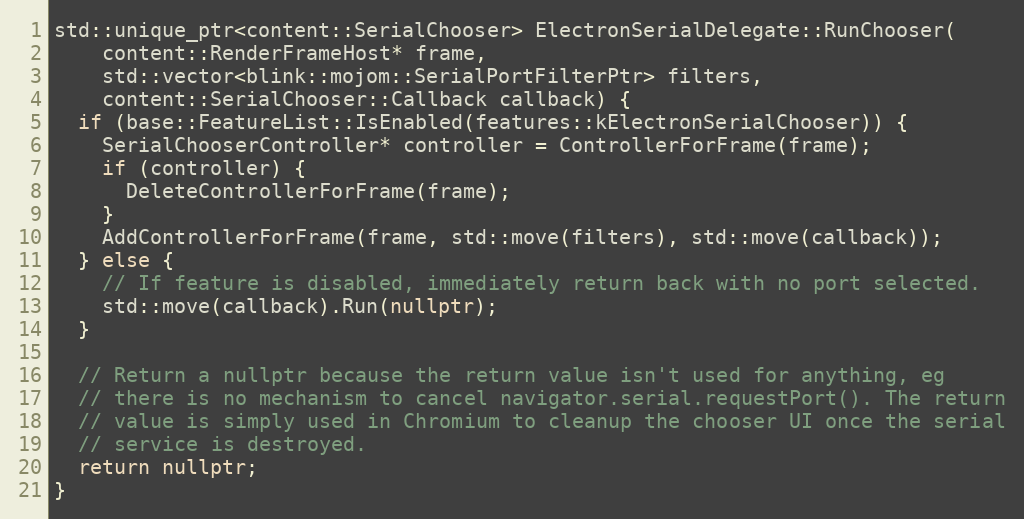
Language: C++
std::unique_ptr<content::SerialChooser> ElectronSerialDelegate::RunChooser(
    content::RenderFrameHost* frame,
    std::vector<blink::mojom::SerialPortFilterPtr> filters,
    content::SerialChooser::Callback callback) {
  if (base::FeatureList::IsEnabled(features::kElectronSerialChooser)) {
    SerialChooserController* controller = ControllerForFrame(frame);
    if (controller) {
      DeleteControllerForFrame(frame);
    }
    AddControllerForFrame(frame, std::move(filters), std::move(callback));
  } else {
    // If feature is disabled, immediately return back with no port selected.
    std::move(callback).Run(nullptr);
  }

  // Return a nullptr because the return value isn't used for anything, eg
  // there is no mechanism to cancel navigator.serial.requestPort(). The return
  // value is simply used in Chromium to cleanup the chooser UI once the serial
  // service is destroyed.
  return nullptr;
}